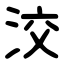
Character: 洨